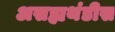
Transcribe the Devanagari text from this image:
असह्यथंडीस